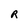
Character: R